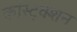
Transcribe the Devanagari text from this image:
कांस्ट्रक्शन